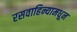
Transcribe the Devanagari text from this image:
रसवाहिन्यामधून